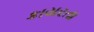
કાયરતા